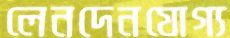
লেনদেনযোগ্য